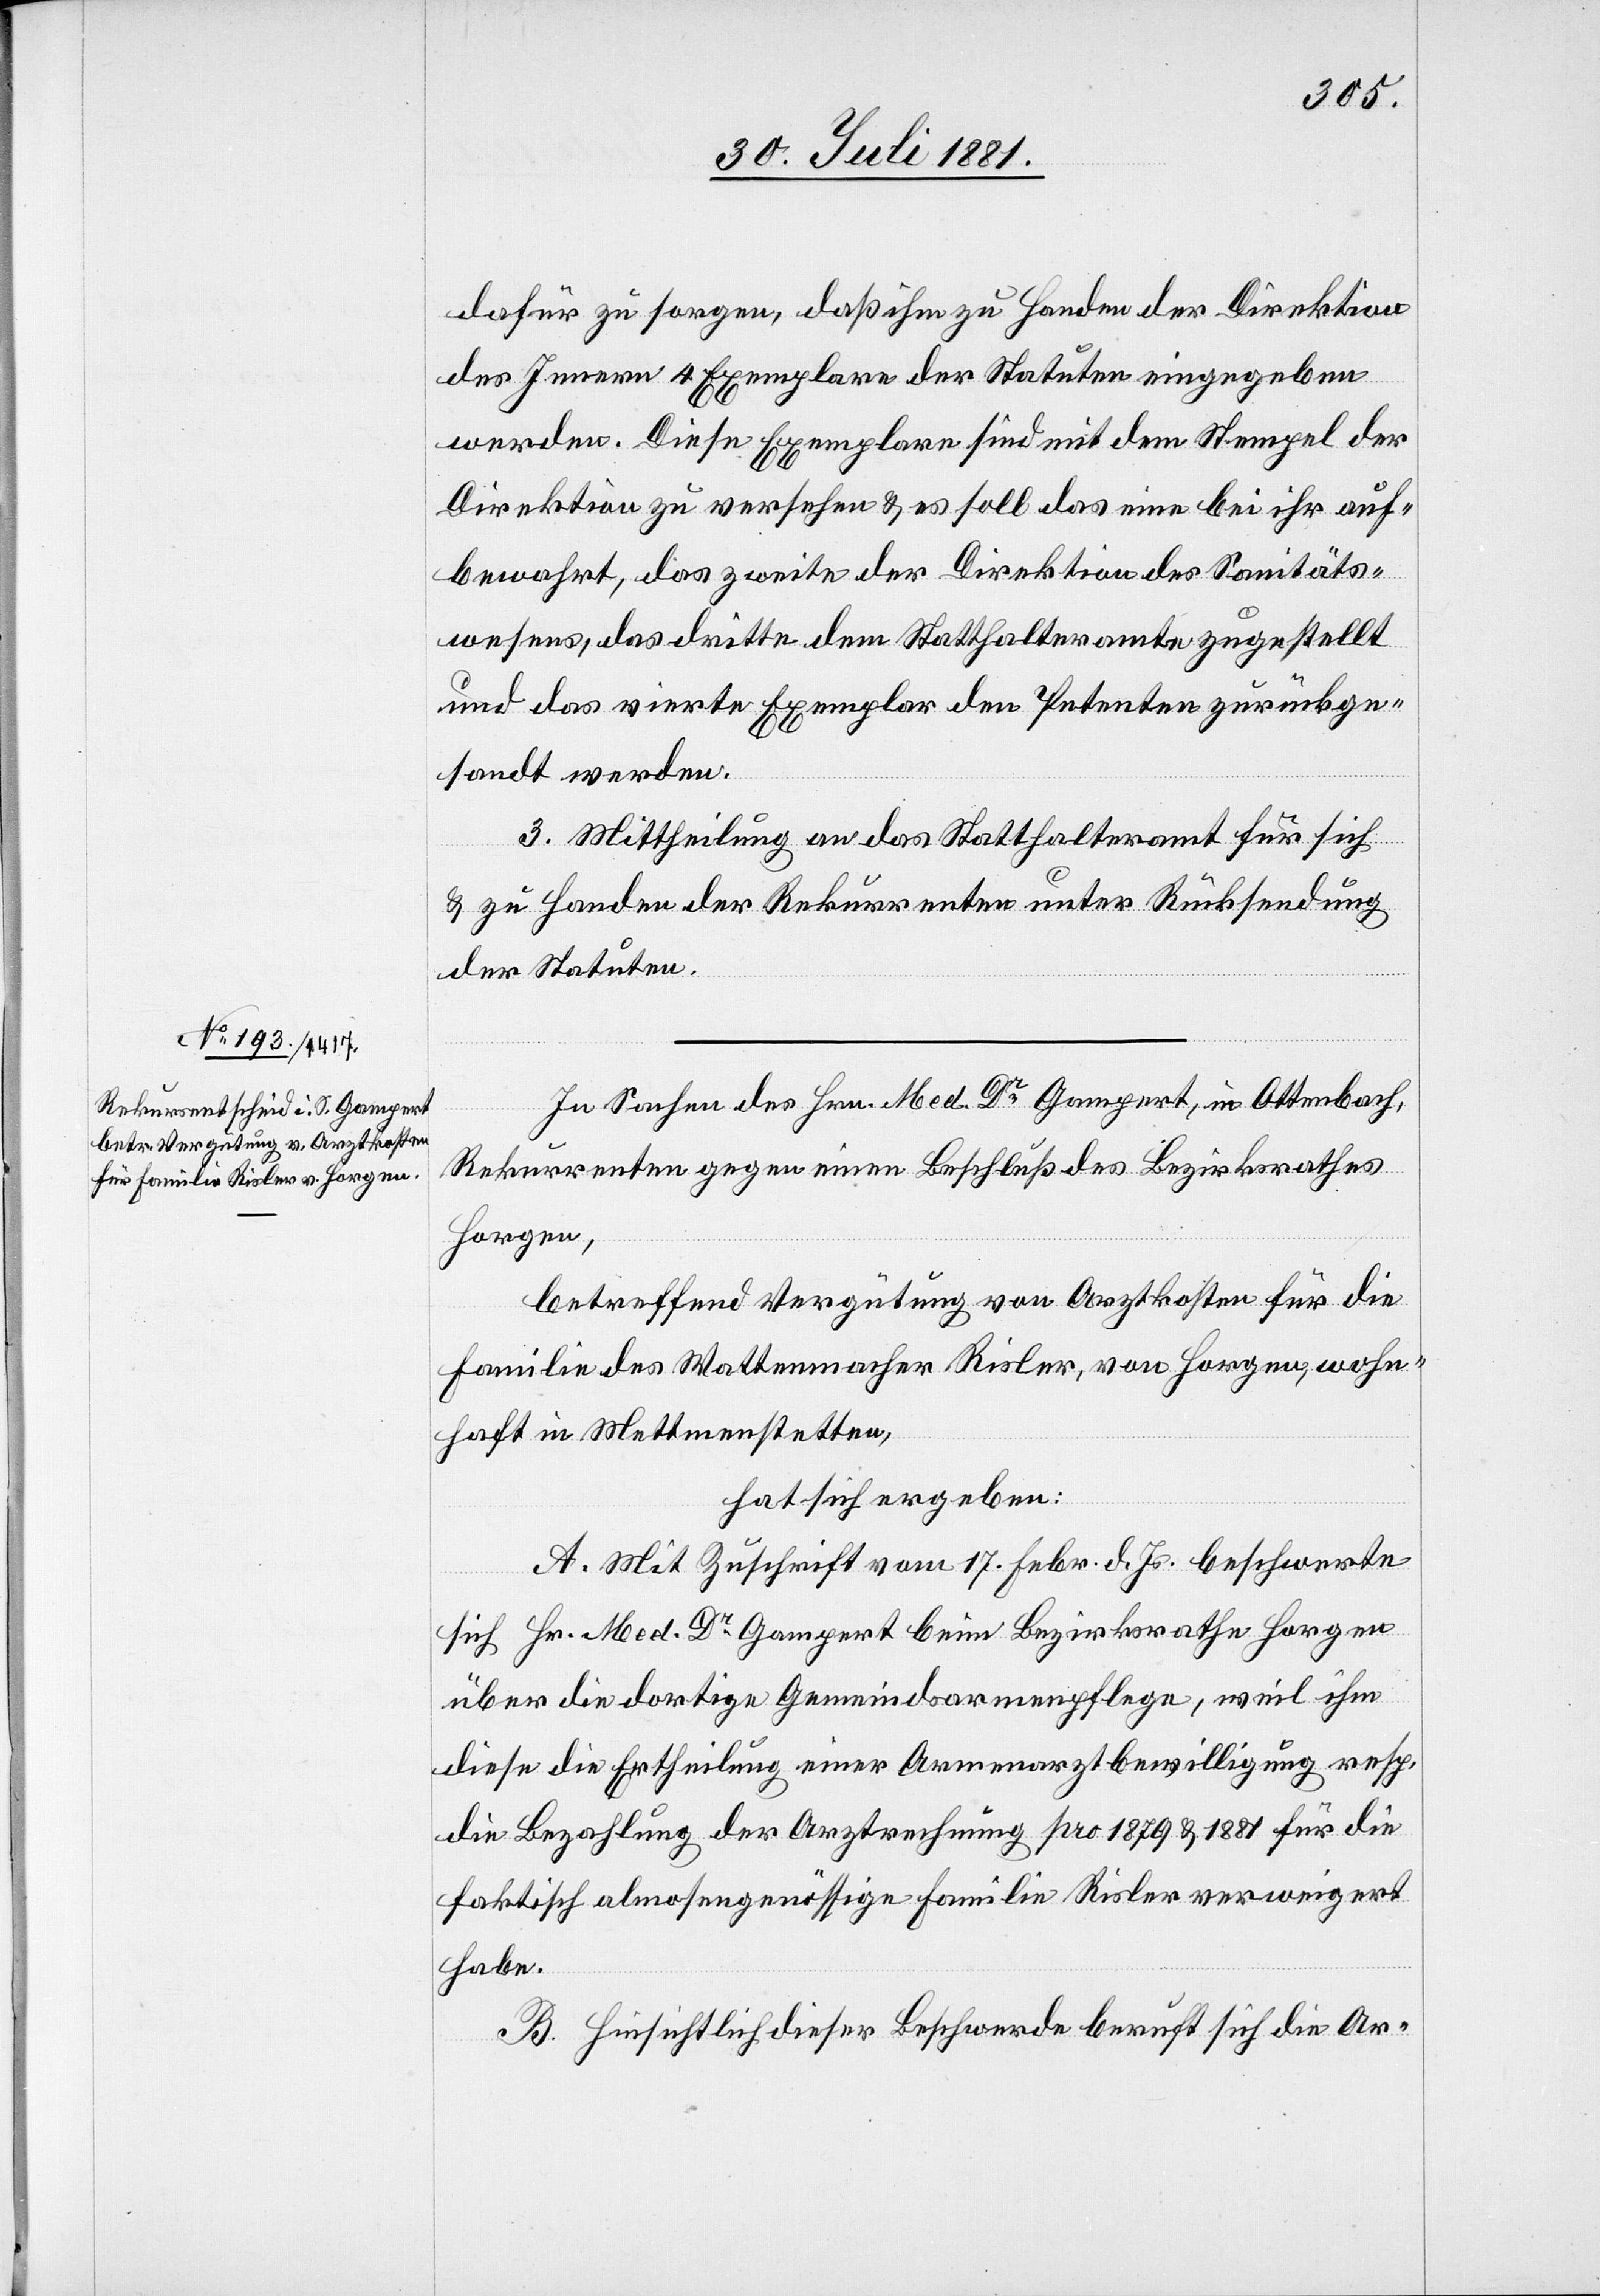
dafür zu sorgen, daß ihm zu Handen der Direktion
des Innern 4 Exemplare der Statuten eingegeben
werden. Diese Exemplare sind mit dem Stempel der
Direktion zu versehen & es soll das eine bei ihr auf¬
bewahrt, das zweite der Direktion des Sanitäts¬
wesens, das dritte dem Statthalteramte zugestellt
und das vierte Exemplar den Petenten zurückge¬
sandt werden.
3. Mittheilung an das Statthalteramt für sich
& zu Handen der Rekurrenten unter Rücksendung
der Statuten.
In Sachen des Hrn. Med. Dr Gampert, in Ottenbach,
Rekurrenten gegen einen Beschluß des Bezirksrathes
Horgen,
betreffend Vergütung von Arztkosten für die
Familie des Wattenmacher Risler, von Horgen, wohn¬
haft in Mettmenstetten,
hat sich ergeben:
A. Mit Zuschrift vom 17. Febr. d. Js. beschwerte
sich Hr. Med. Dr Gampert beim Bezirksrathe Horgen
über die dortige Gemeindearmenpflege, weil ihm
diese die Ertheilung einer Armenarztbewilligung resp.
die Bezahlung der Arztrechnung pro 1879 & 1881 für die
faktisch almosengenössige Familie Risler verweigert
habe.
B. Hinsichtlich dieser Beschwerde beruft sich die Ar-